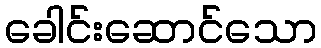
ခေါင်းဆောင်သော